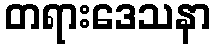
တရားဒေသနာ